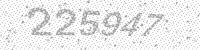
Solution: 225947